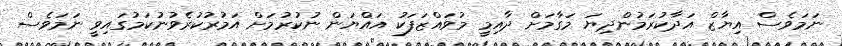
ނަމަވެސް އިޔާޒް އަދާކުރަމުންދިޔަ މަގާމަށް ދާއިމީ މުވައްޒަފަކު އައްޔަން ނުކުރުމަށް އަމުރުކުރެވުނުކަމުގައިވީ ނަމަވެސް